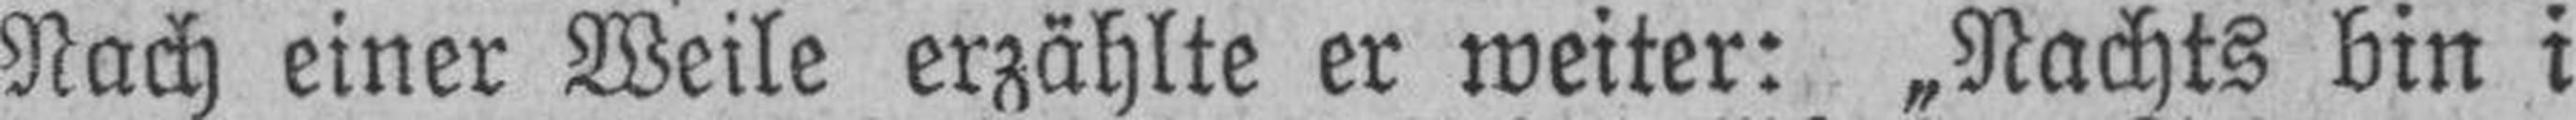
Nach einer Weile erzählte er weiter: „Nachts bin i